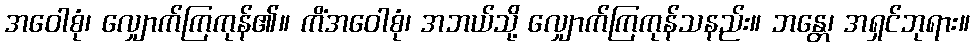
အဝေါစုံ၊ လျှောက်ကြကုန်၏။ ကိံအဝေါစုံ၊ အဘယ်သို့ လျှောက်ကြကုန်သနည်း။ ဘန္တေ၊ အရှင်ဘုရား။